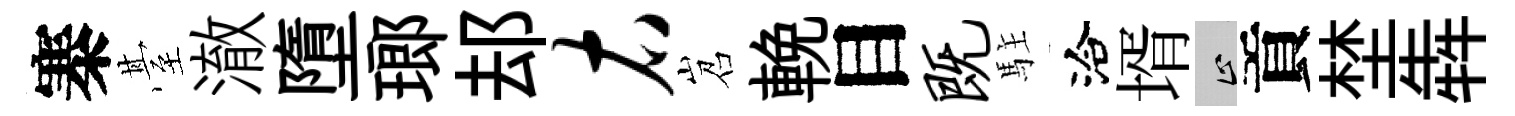
寨䑓澈墮瑯𨚫右岧輓目既駐洽壻止貢埜犇